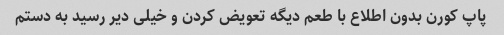
پاپ کورن بدون اطلاع با طعم دیگه تعویض کردن و خیلی دیر رسید به دستم